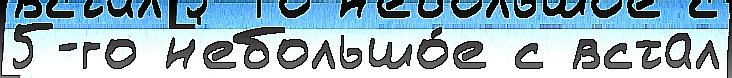
5-го н'ебольшо́е с встал